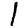
Digit: 1